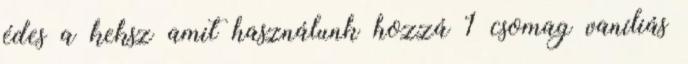
édes a keksz amit használunk hozzá 1 csomag vaníliás